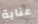
عناية